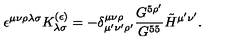
\epsilon ^ { \mu \nu \rho \lambda \sigma } K _ { \lambda \sigma } ^ { ( \epsilon ) } = - \delta _ { \mu ^ { \prime } \nu ^ { \prime } \rho ^ { \prime } } ^ { \mu \nu \rho } { \frac { G ^ { 5 \rho ^ { \prime } } } { G ^ { 5 5 } } } \tilde { H } ^ { \mu ^ { \prime } \nu ^ { \prime } } .